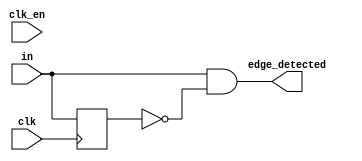
`default_nettype none
module edge_detector (
	clk,
	clk_en,
	in,
	edge_detected
);
	reg _sv2v_0;
	parameter EDGE_LEVEL = 1;
	parameter CLK_DLY = 0;
	parameter INITIAL_INPUT_LEVEL = 0;
	input wire clk;
	input wire clk_en;
	input wire in;
	output reg edge_detected = 0;
	reg in_r0 = INITIAL_INPUT_LEVEL;
	reg in_r1 = INITIAL_INPUT_LEVEL;
	always @(posedge clk)
		if (!CLK_DLY)
			in_r0 <= in;
		else if (clk_en) begin
			in_r0 <= in;
			in_r1 <= in_r0;
		end
	always @(*) begin
		if (_sv2v_0)
			;
		if (EDGE_LEVEL) begin
			if (!CLK_DLY)
				edge_detected = in && !in_r0;
			else
				edge_detected = in_r0 && !in_r1;
		end
		else if (!CLK_DLY)
			edge_detected = !in && in_r0;
		else
			edge_detected = !in_r0 && in_r1;
	end
	initial _sv2v_0 = 0;
endmodule
`default_nettype wire